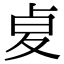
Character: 𠧫